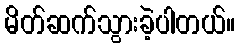
မိတ်ဆက်သွားခဲ့ပါတယ်။